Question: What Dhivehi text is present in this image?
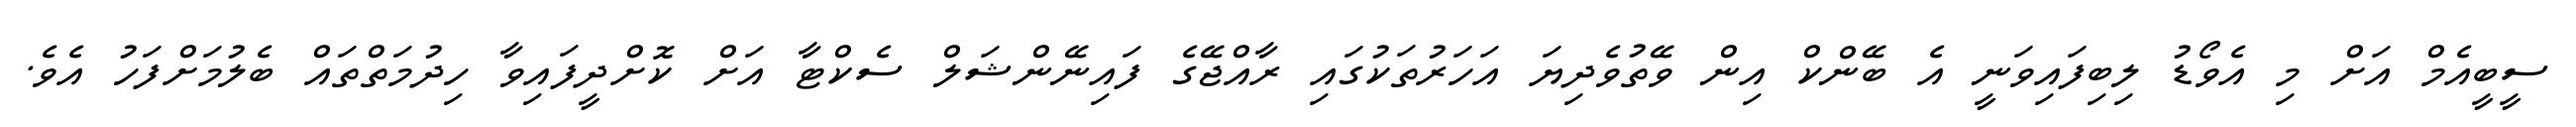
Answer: ސީބީއެމް އަށް މި އެވޯޑު ލިބިފައިވަނީ އެ ބޭންކް އިން ވޭތުވެދިޔަ އަހަރުތަކުގައި ރާއްޖޭގެ ފައިނޭންޝަލް ސެކްޓާ އަށް ކޮށްދީފައިވާ ހިދުމަތްތައް ބެލުމަށްފަހު އެވެ.